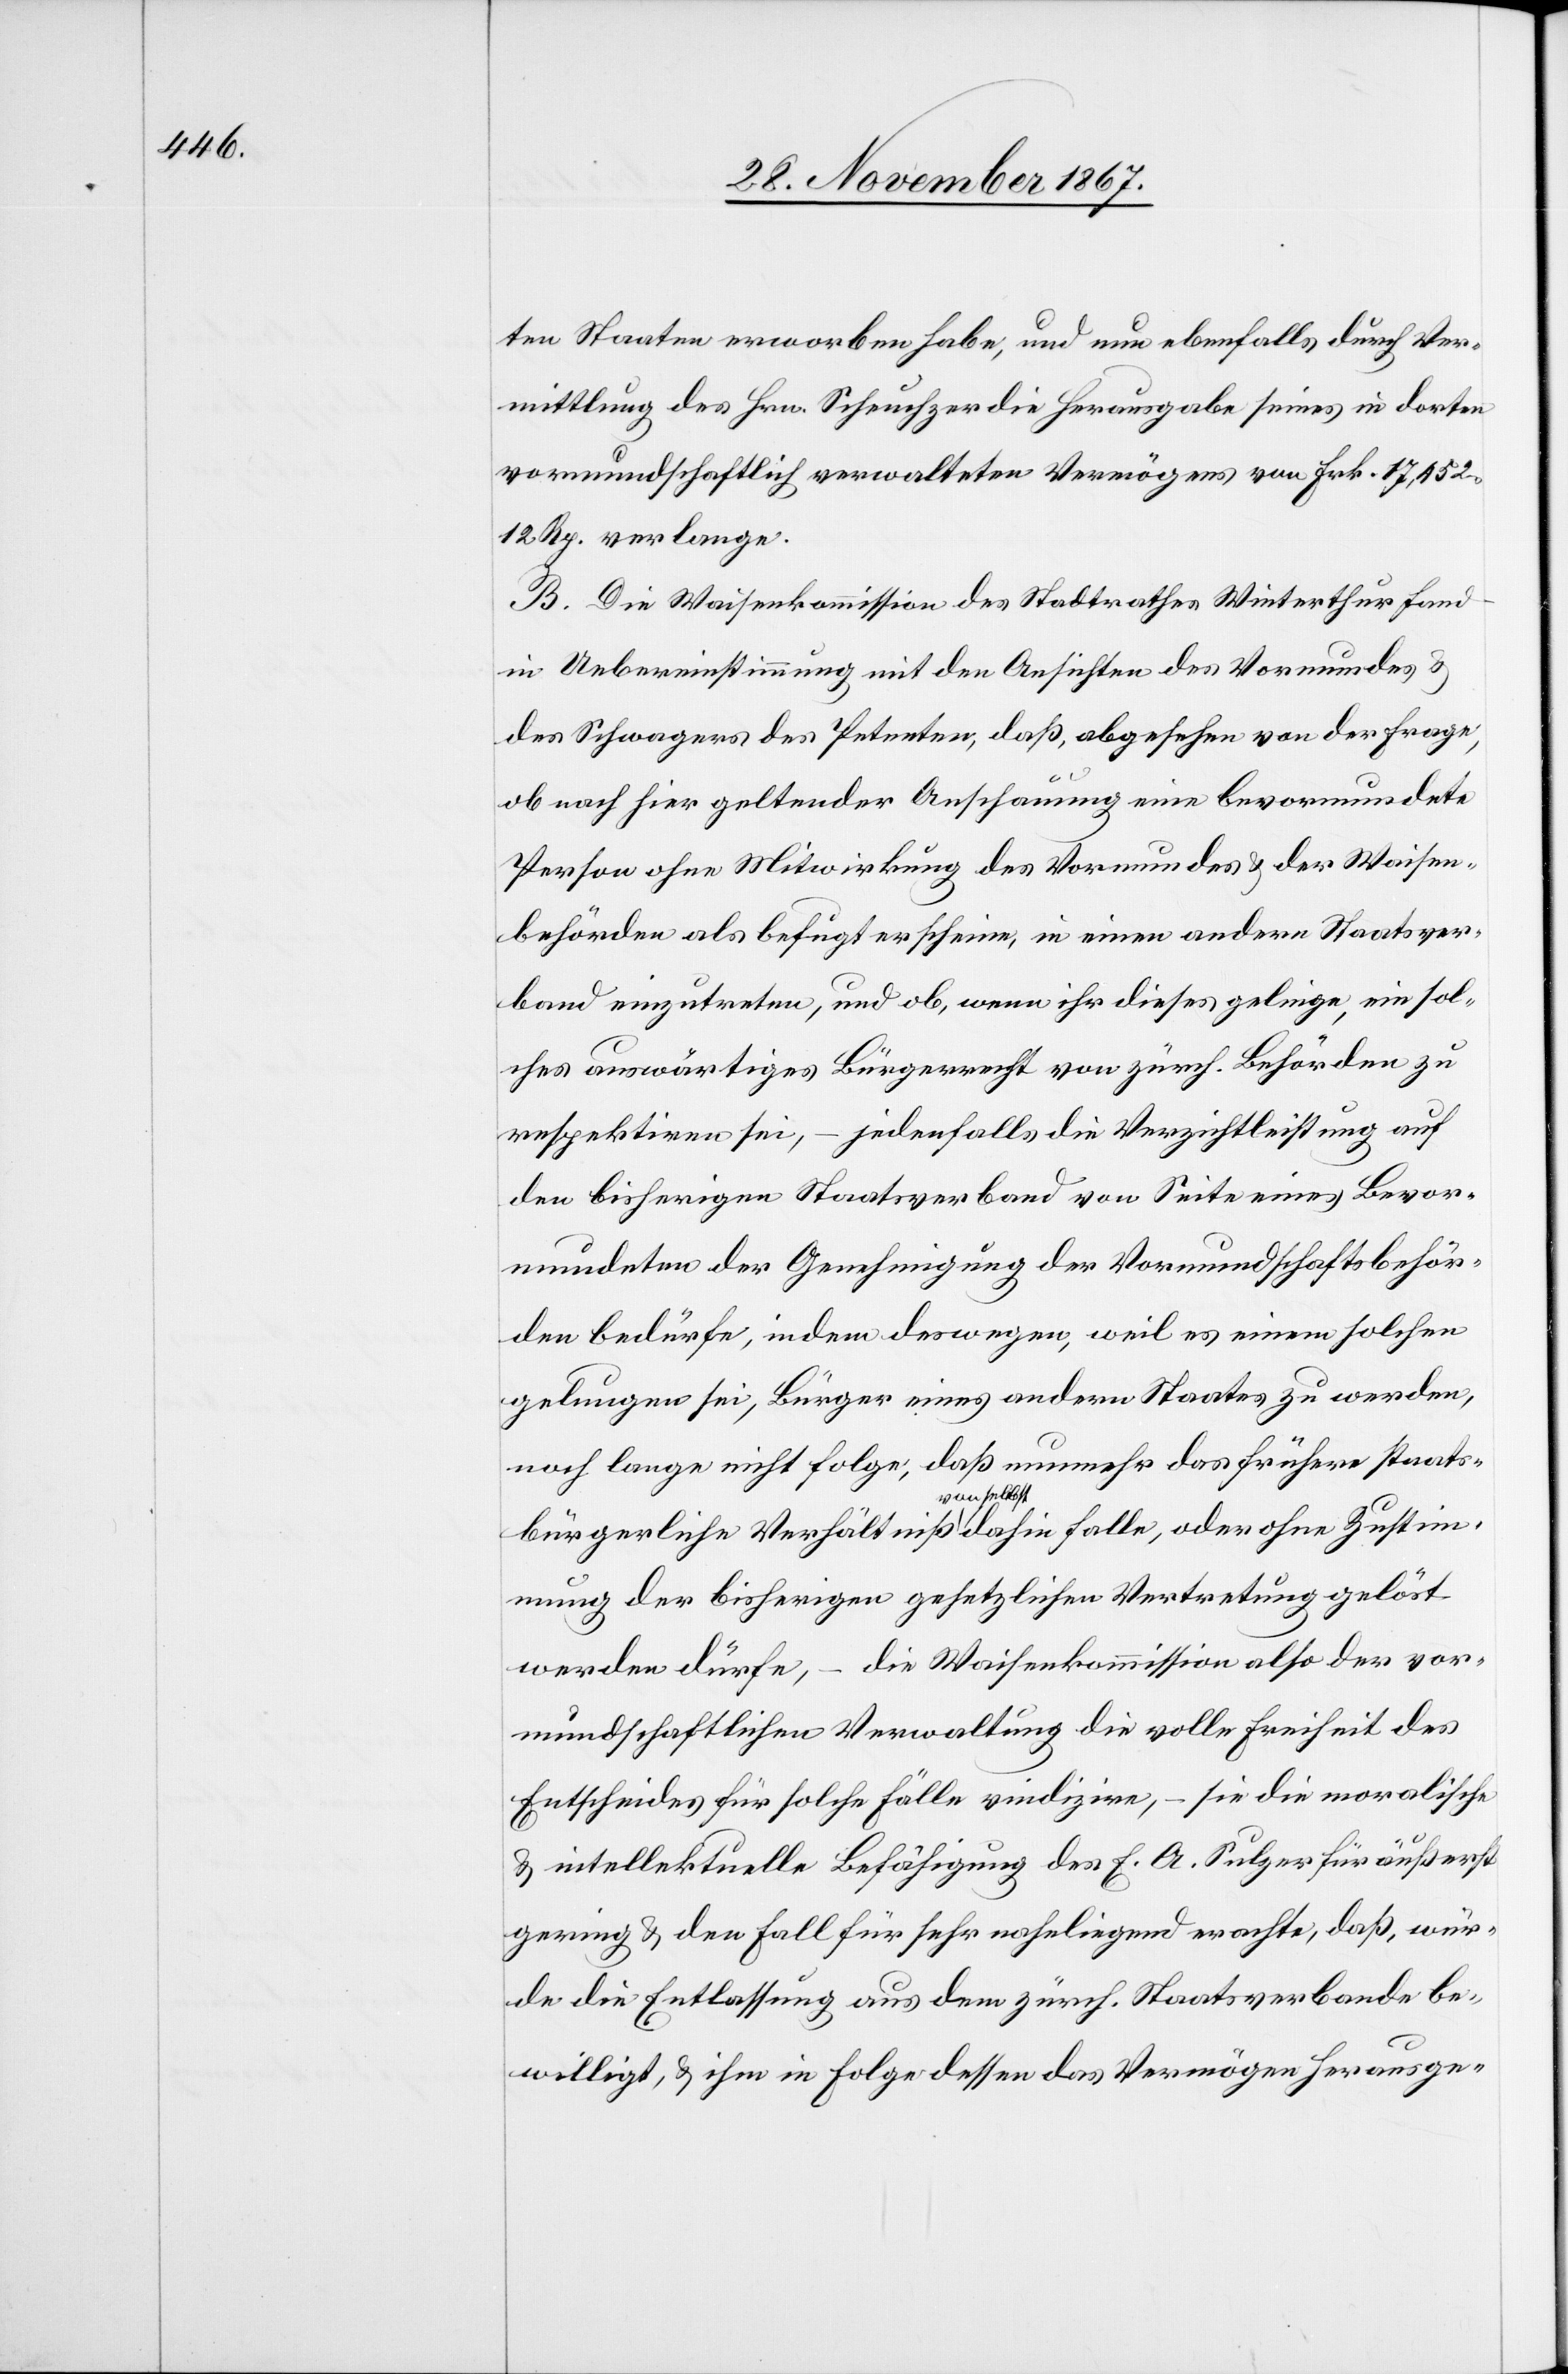
ten Staaten erworben habe, und nun ebenfalls durch Ver¬
mittlung des Hrn. Scheuchzer die Herausgabe seines in dorten
vormundschaftlich verwalteten Vermögens von Frk. 17 452.12
Rp. verlange.
B. Die Waisenkommission des Stadtrathes Winterthur fand
in Uebereinstimmung mit den Ansichten des Vormundes u.
des Schwagers des Petenten, daß abgesehen von der Frage,
ob nach hier geltender Anschauung eine bevormundete
Person ohne Mitwirkung des Vormundes u. der Waisen¬
behörden als befugt erscheine, in einen andern Staatsver¬
band einzutreten, und ob, wenn ihr dieses gelinge, ein sol¬
ches auswärtiges Bürgerrecht von zürch. Behörden zu
respektiren sei, – jedenfalls die Verzichtleistung auf
den bisherigen Staatsverband von Seite eines Bevor¬
mundeten der Genehmigung der Vormundschaftsbehör¬
den bedürfe, indem deswegen, weil es einem solchen
gelungen sei, Bürger eines andern Staates zu werden,
noch lange nicht folge, daß nunmehr das frühere staats¬
bürgerliche Verhältniß von selbst dahin falle, oder ohne Zustim¬
mung der bisherigen gesetzlichen Vertretung gelöst
werden dürfe, – die Waisenkommission also der vor¬
mundschaftlichen Verwaltung die volle Freiheit des
Entscheides für solche Fälle vindizire, – sie die moralische
u. intellektuelle Befähigung des E. A. Sulzer für äußerst
gering u. den Fall für sehr naheliegend erachte, daß, wür¬
de die Entlassung aus dem zürch. Staatsverbande be¬
willigt, u. ihm in Folge dessen das Vermögen herausge-